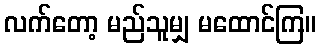
လက်တော့ မည်သူမျှ မထောင်ကြ။